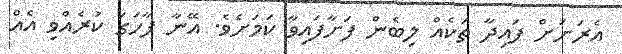
އެރަށަށް ފައިދާ ތަކެއް ލިބެން ފަށާފައިވާ ކަމަށެވެ. އޭނާ ފާހަގަ ކުރެއްވި އެއް